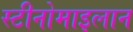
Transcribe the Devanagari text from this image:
स्टीनोमाइलान